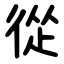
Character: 從